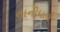
નાનીધારી